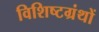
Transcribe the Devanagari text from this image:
विशिष्टग्रंथों